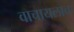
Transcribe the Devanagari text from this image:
वाचायलाच